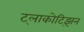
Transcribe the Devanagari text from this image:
ट्लाकोट्झिन